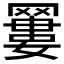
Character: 𦌑